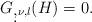
LaTeX: \begin{align*} G_{\d,\nu,\l}(H) = 0. \end{align*}